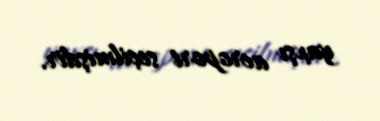
yaxşı aeroport seçilmişdir.